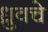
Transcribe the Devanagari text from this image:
ध्रुवचे